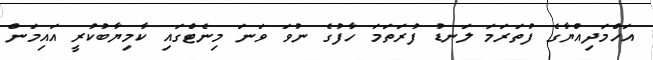
އަހްމަދިއްޔާގެ ފުތަރަމަ ލަނޑު ފުރަތަމަ ހާފުގެ ނުވަ ވަނަ މިނެޓްގައި ކާމިޔާބުކުރީ އައިމަން